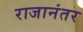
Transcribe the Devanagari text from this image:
राजानंतर